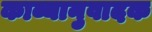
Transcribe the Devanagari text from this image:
काव्यानुवादक